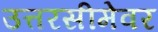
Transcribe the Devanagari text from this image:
उत्तरसीमेवर